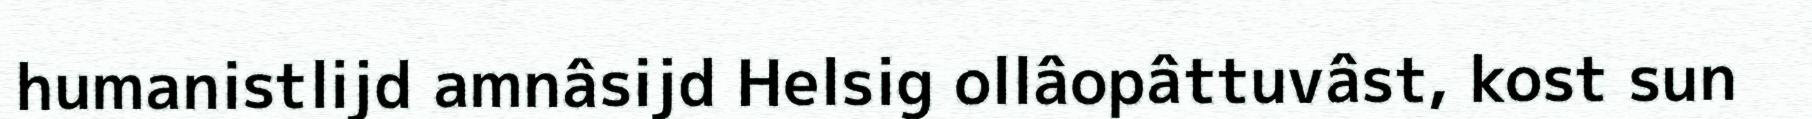
humanistlijd amnâsijd Helsig ollâopâttuvâst, kost sun